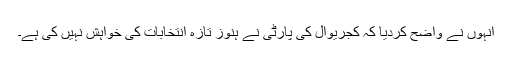
انہوں نے واضح کردیا کہ کجریوال کی پارٹی نے ہنوز تازہ انتخابات کی خواہش نہیں کی ہے۔